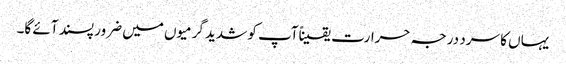
یہاں کا سرد درجہ حرارت یقیناًآپ کو شدید گرمیوں میں ضرور پسند آئے گا۔